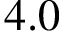
4 . 0